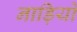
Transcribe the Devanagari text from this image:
नाड़ियों